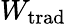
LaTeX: W_{\mathrm{trad}}